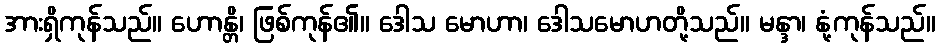
အားရှိကုန်သည်။ ဟောန္တိ၊ ဖြစ်ကုန်၏။ ဒေါသ မောဟာ၊ ဒေါသမောဟတို့သည်။ မန္ဒာ၊ နုံ့ကုန်သည်။